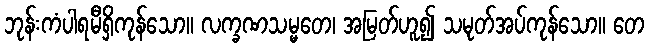
ဘုန်းကံပါရမီရှိကုန်သော။ လက္ခဏသမ္မတေ၊ အမြတ်ဟူ၍ သမုတ်အပ်ကုန်သော။ တေ